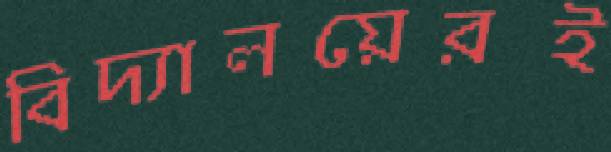
বিদ্যালয়েরই